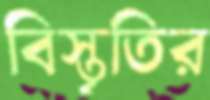
বিস্তৃতির